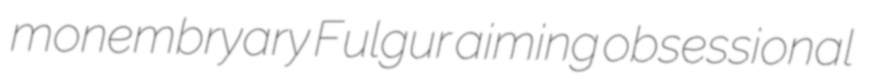
monembryary Fulgur aiming obsessional